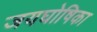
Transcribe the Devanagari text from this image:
जयघोषिका